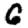
Digit: 6